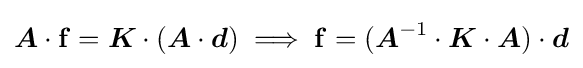
{\boldsymbol {A}}\cdot \mathbf {f} ={\boldsymbol {K}}\cdot ({\boldsymbol {A}}\cdot {\boldsymbol {d}})\implies \mathbf {f} =({\boldsymbol {A}}^{-1}\cdot {\boldsymbol {K}}\cdot {\boldsymbol {A}})\cdot {\boldsymbol {d}}